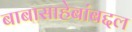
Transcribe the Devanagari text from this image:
बाबासाहेबांबद्दल